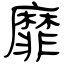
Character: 靡